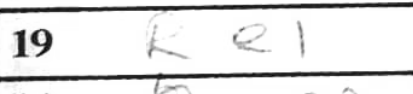
Transcription: Re1